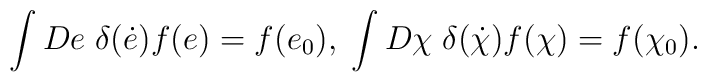
\int De\;\delta({\dot {e}})f(e)=f(e_{0}),\;\int D\chi\;  \delta(\dot{\chi})f(\chi)=f(\chi_{0}).